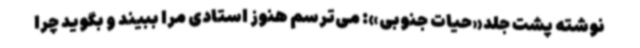
نوشته پشت جلد«حیات جنوبی»: می‌ترسم هنوز استادی مرا ببیند و بگوید چرا